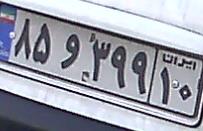
۸۵و۳۹۹۱۰